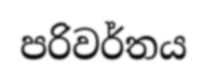
පරිවර්තය